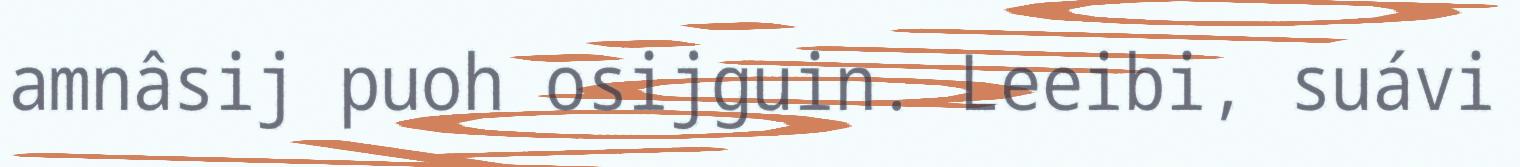
amnâsij puoh osijguin. Leeibi, suávi